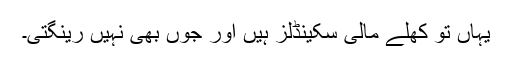
یہاں تو کھلے مالی سکینڈلز ہیں اور جُوں بھی نہیں رینگتی۔